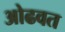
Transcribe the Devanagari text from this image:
ओढवत